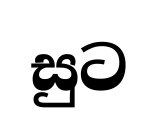
සුට